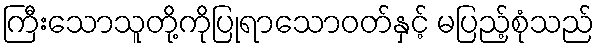
ကြီးသောသူတို့ကိုပြုရာသောဝတ်နှင့် မပြည့်စုံသည်